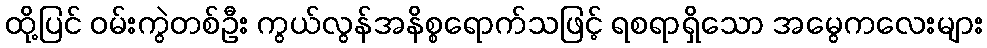
ထို့ပြင် ဝမ်းကွဲတစ်ဦး ကွယ်လွန်အနိစ္စရောက်သဖြင့် ရစရာရှိသော အမွေကလေးများ